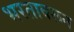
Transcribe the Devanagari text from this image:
भरतावरून